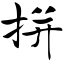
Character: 拼